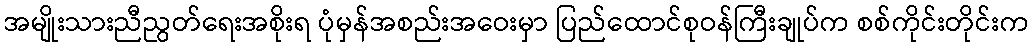
အမျိုးသားညီညွတ်ရေးအစိုးရ ပုံမှန်အစည်းအဝေးမှာ ပြည်ထောင်စုဝန်ကြီးချုပ်က စစ်ကိုင်းတိုင်းက